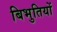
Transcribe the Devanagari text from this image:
बिभुतियों